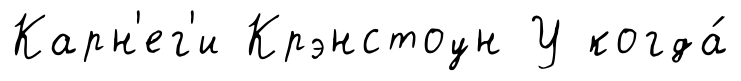
Карн'ег'и Крэнстоун У когда́